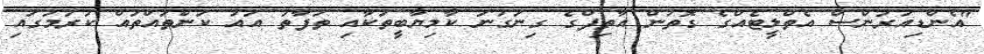
"އެންޑިއުރަންސް އެތްލީޓެއްގެ ގޮތުން އާތިފްގެ ގިނަގުނަ ކާމިޔާބީތަކާއި ތަފާތު އައު ކަންތައްތައް ކުރުމުގައި